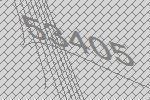
53405